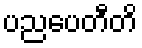
ပညပေတီတိ